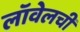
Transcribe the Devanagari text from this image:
लॉवेलची